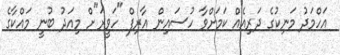
އަހްމަދު މަނިކުގެ ދަރިއެއް ކަމަށްވާ ހުސައިން އާރިފް "ހަވީރަ"ށް މިއަދު ބުނީ މައްކާގެ